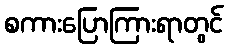
စကားပြောကြားရာတွင်